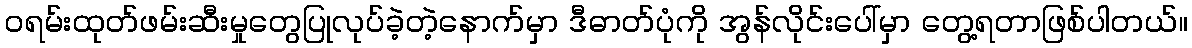
ဝရမ်းထုတ်ဖမ်းဆီးမှုတွေပြုလုပ်ခဲ့တဲ့နောက်မှာ ဒီဓာတ်ပုံကို အွန်လိုင်းပေါ်မှာ တွေ့ရတာဖြစ်ပါတယ်။